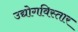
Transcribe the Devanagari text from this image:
उद्योगविस्तार